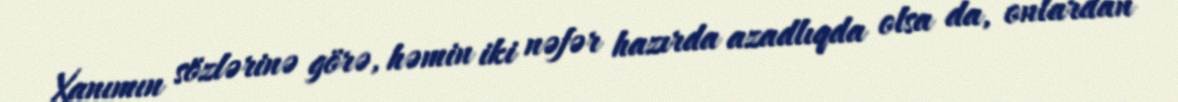
Xanımın sözlərinə görə, həmin iki nəfər hazırda azadlıqda olsa da, onlardan